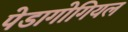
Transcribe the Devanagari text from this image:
पेडागोगियल